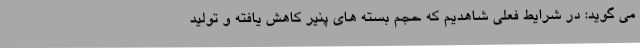
می گوید: در شرایط فعلی شاهدیم که حجم بسته های پنیر کاهش یافته و تولید